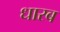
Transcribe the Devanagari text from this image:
धारब